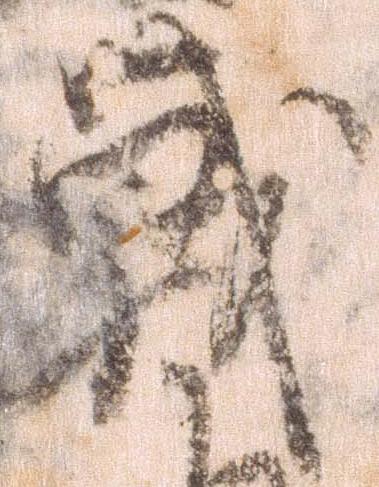
戦